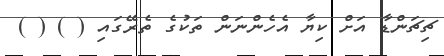
ޗިޗަންޑާ އަށް ކިޔާ އެހެންނަން ތަކުގެ ތެރޭގައި ( ) ( )